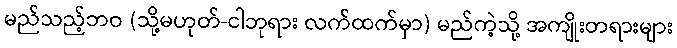
မည်သည့်ဘဝ (သို့မဟုတ်-ငါဘုရား လက်ထက်မှာ) မည်ကဲ့သို့ အကျိုးတရားများ